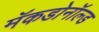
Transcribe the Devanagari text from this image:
मॅकडोनॉल्ड